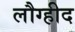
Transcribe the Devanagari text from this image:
लौग्हीद